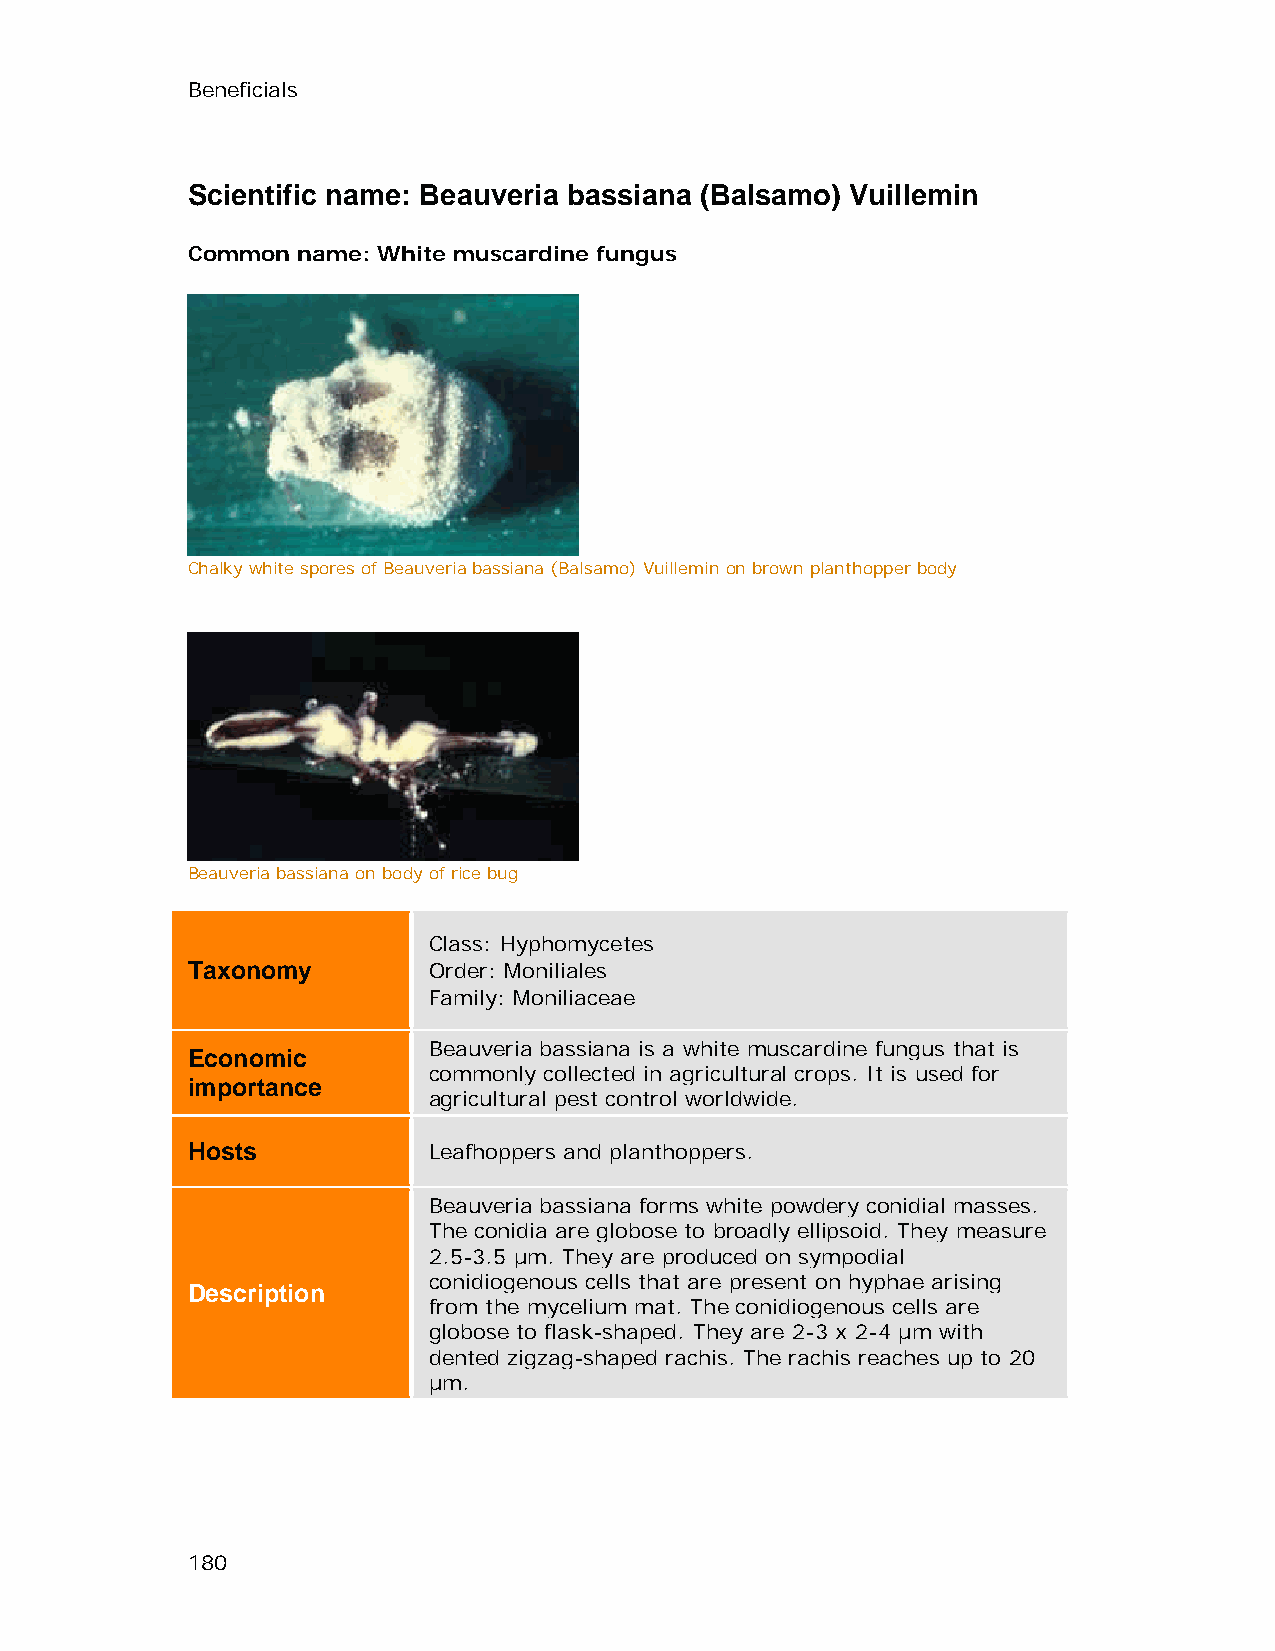
Beneficials
 Scientific name: Beauveria bassiana (Balsamo) Vuillemin
 Common  name: White muscardine fungus
 Chalky white spores of Beauveria bassiana (Balsamo) Vuillemin on brown planthopper body
 Beauveria bassiana on body of rice bug
 Class: Hyphomycetes
 Taxonomy        Order: Moniliales
 Family: Moniliaceae
 Beauveria bassiana is a white muscardine fungus that is
 Economic
 commonly collected in agricultural crops. It is used for
 importance
 agricultural pest control worldwide.
 Hosts           Leafhoppers and planthoppers.
 Beauveria bassiana forms white powdery conidial masses.
 The conidia are globose to broadly ellipsoid. They measure
 2.5-3.5 µm. They are produced on sympodial
 conidiogenous cells that are present on hyphae arising
 Description
 from the mycelium mat. The conidiogenous cells are
 globose to flask-shaped. They are 2-3 x 2-4 µm with
 dented zigzag-shaped rachis. The rachis reaches up to 20
 µm.
 180